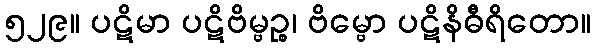
၅၂၉။ ပဋိမာ ပဋိဗိမ္ဗဉ္စ၊ ဗိမ္ဗော ပဋိနိဓီရိတော။